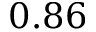
0 . 8 6